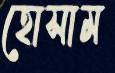
হোসাম